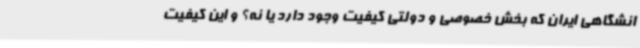
انشگاهی ایران که بخش خصوصی و دولتی کیفیت وجود دارد یا نه؟ و این کیفیت